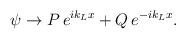
LaTeX: \begin{align*}\psi\rightarrow P\, e^{ik_L x} + Q\, e^{-ik_L x}.\end{align*}